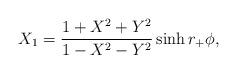
LaTeX: \begin{align*}X_1 = {1+X^2+Y^2 \over 1-X^2-Y^2} \sinh r_+ \phi,\end{align*}